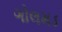
ગોલમડ